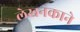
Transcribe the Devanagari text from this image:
लेखनकाने